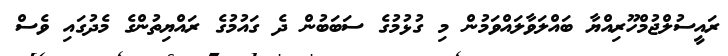
ރައީސުލްޖުމްހޫރިއްޔާ ބައްލަވާލައްވަމުން މި ގުޅުމުގެ ސަބަބުން ދެ ގައުމުގެ ރައްޔިތުންގެ މެދުގައި ވެސް